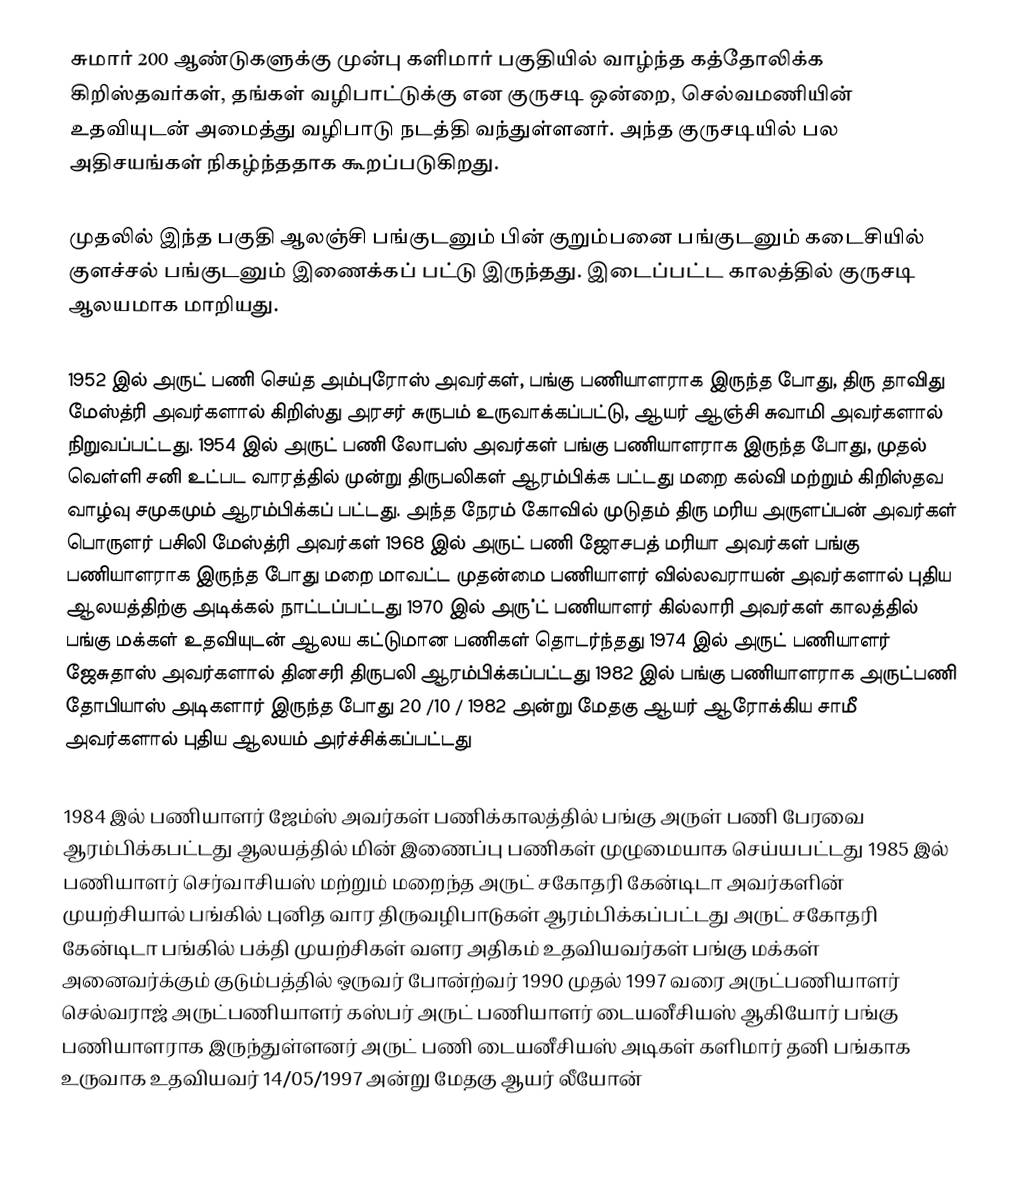
சுமார் 200 ஆண்டுகளுக்கு முன்பு களிமார் பகுதியில் வாழ்ந்த கத்தோலிக்க கிறிஸ்தவர்கள், தங்கள் வழிபாட்டுக்கு என குருசடி ஒன்றை, செல்வமணியின் உதவியுடன் அமைத்து வழிபாடு நடத்தி வந்துள்ளனர். அந்த குருசடியில் பல அதிசயங்கள் நிகழ்ந்ததாக கூறப்படுகிறது.

முதலில் இந்த பகுதி ஆலஞ்சி பங்குடனும் பின் குறும்பனை பங்குடனும் கடைசியில் குளச்சல் பங்குடனும் இணைக்கப் பட்டு இருந்தது. இடைப்பட்ட காலத்தில் குருசடி ஆலயமாக மாறியது.

1952 இல் அருட் பணி செய்த அம்புரோஸ் அவர்கள், பங்கு பணியாளராக இருந்த போது, திரு தாவிது மேஸ்த்ரி அவர்களால் கிறிஸ்து அரசர் சுருபம் உருவாக்கப்பட்டு, ஆயர் ஆஞ்சி சுவாமி அவர்களால் நிறுவப்பட்டது. 1954 இல் அருட் பணி லோபஸ் அவர்கள் பங்கு பணியாளராக இருந்த போது, முதல் வெள்ளி சனி உட்பட வாரத்தில் முன்று திருபலிகள் ஆரம்பிக்க பட்டது மறை கல்வி மற்றும் கிறிஸ்தவ வாழ்வு சமுகமும் ஆரம்பிக்கப் பட்டது. அந்த நேரம் கோவில் முடுதம் திரு மரிய அருளப்பன் அவர்கள் பொருளர் பசிலி மேஸ்த்ரி அவர்கள் 1968 இல் அருட் பணி ஜோசபத் மரியா அவர்கள் பங்கு பணியாளராக இருந்த போது மறை மாவட்ட முதன்மை பணியாளர் வில்லவராயன் அவர்களால் புதிய ஆலயத்திற்கு அடிக்கல் நாட்டப்பட்டது 1970 இல் அரு்ட் பணியாளர் கில்லாரி அவர்கள் காலத்தில் பங்கு மக்கள் உதவியுடன் ஆலய கட்டுமான பணிகள் தொடர்ந்தது 1974 இல் அருட் பணியாளர் ஜேசுதாஸ் அவர்களால் தினசரி திருபலி ஆரம்பிக்கப்பட்டது 1982 இல் பங்கு பணியாளராக அருட்பணி தோபியாஸ் அடிகளார்  இருந்த போது  20 /10 / 1982 அன்று மேதகு ஆயர் ஆரோக்கிய சாமீ அவர்களால் புதிய ஆலயம் அர்ச்சிக்கப்பட்டது

1984 இல் பணியாளர் ஜேம்ஸ் அவர்கள் பணிக்காலத்தில் பங்கு அருள் பணி பேரவை ஆரம்பிக்கபட்டது ஆலயத்தில் மின் இணைப்பு பணிகள் முழுமையாக செய்யபட்டது   1985 இல் பணியாளர் செர்வாசியஸ் மற்றும் மறைந்த  அருட் சகோதரி கேன்டிடா அவர்களின் முயற்சியால் பங்கில்  புனித வார திருவழிபாடுகள் ஆரம்பிக்கப்பட்டது அருட் சகோதரி கேன்டிடா பங்கில் பக்தி முயற்சிகள் வளர அதிகம் உதவியவர்கள் பங்கு மக்கள் அனைவர்க்கும் குடும்பத்தில் ஒருவர் போன்ற்வர் 1990 முதல் 1997 வரை  அருட்பணியாளர் செல்வராஜ் அருட்பணியாளர் கஸ்பர் அருட் பணியாளர் டையனீசியஸ் ஆகியோர் பங்கு பணியாளராக இருந்துள்ளனர் அருட் பணி டையனீசியஸ் அடிகள் களிமார் தனி பங்காக உருவாக உதவியவர் 14/05/1997 அன்று மேதகு ஆயர் லீயோன்